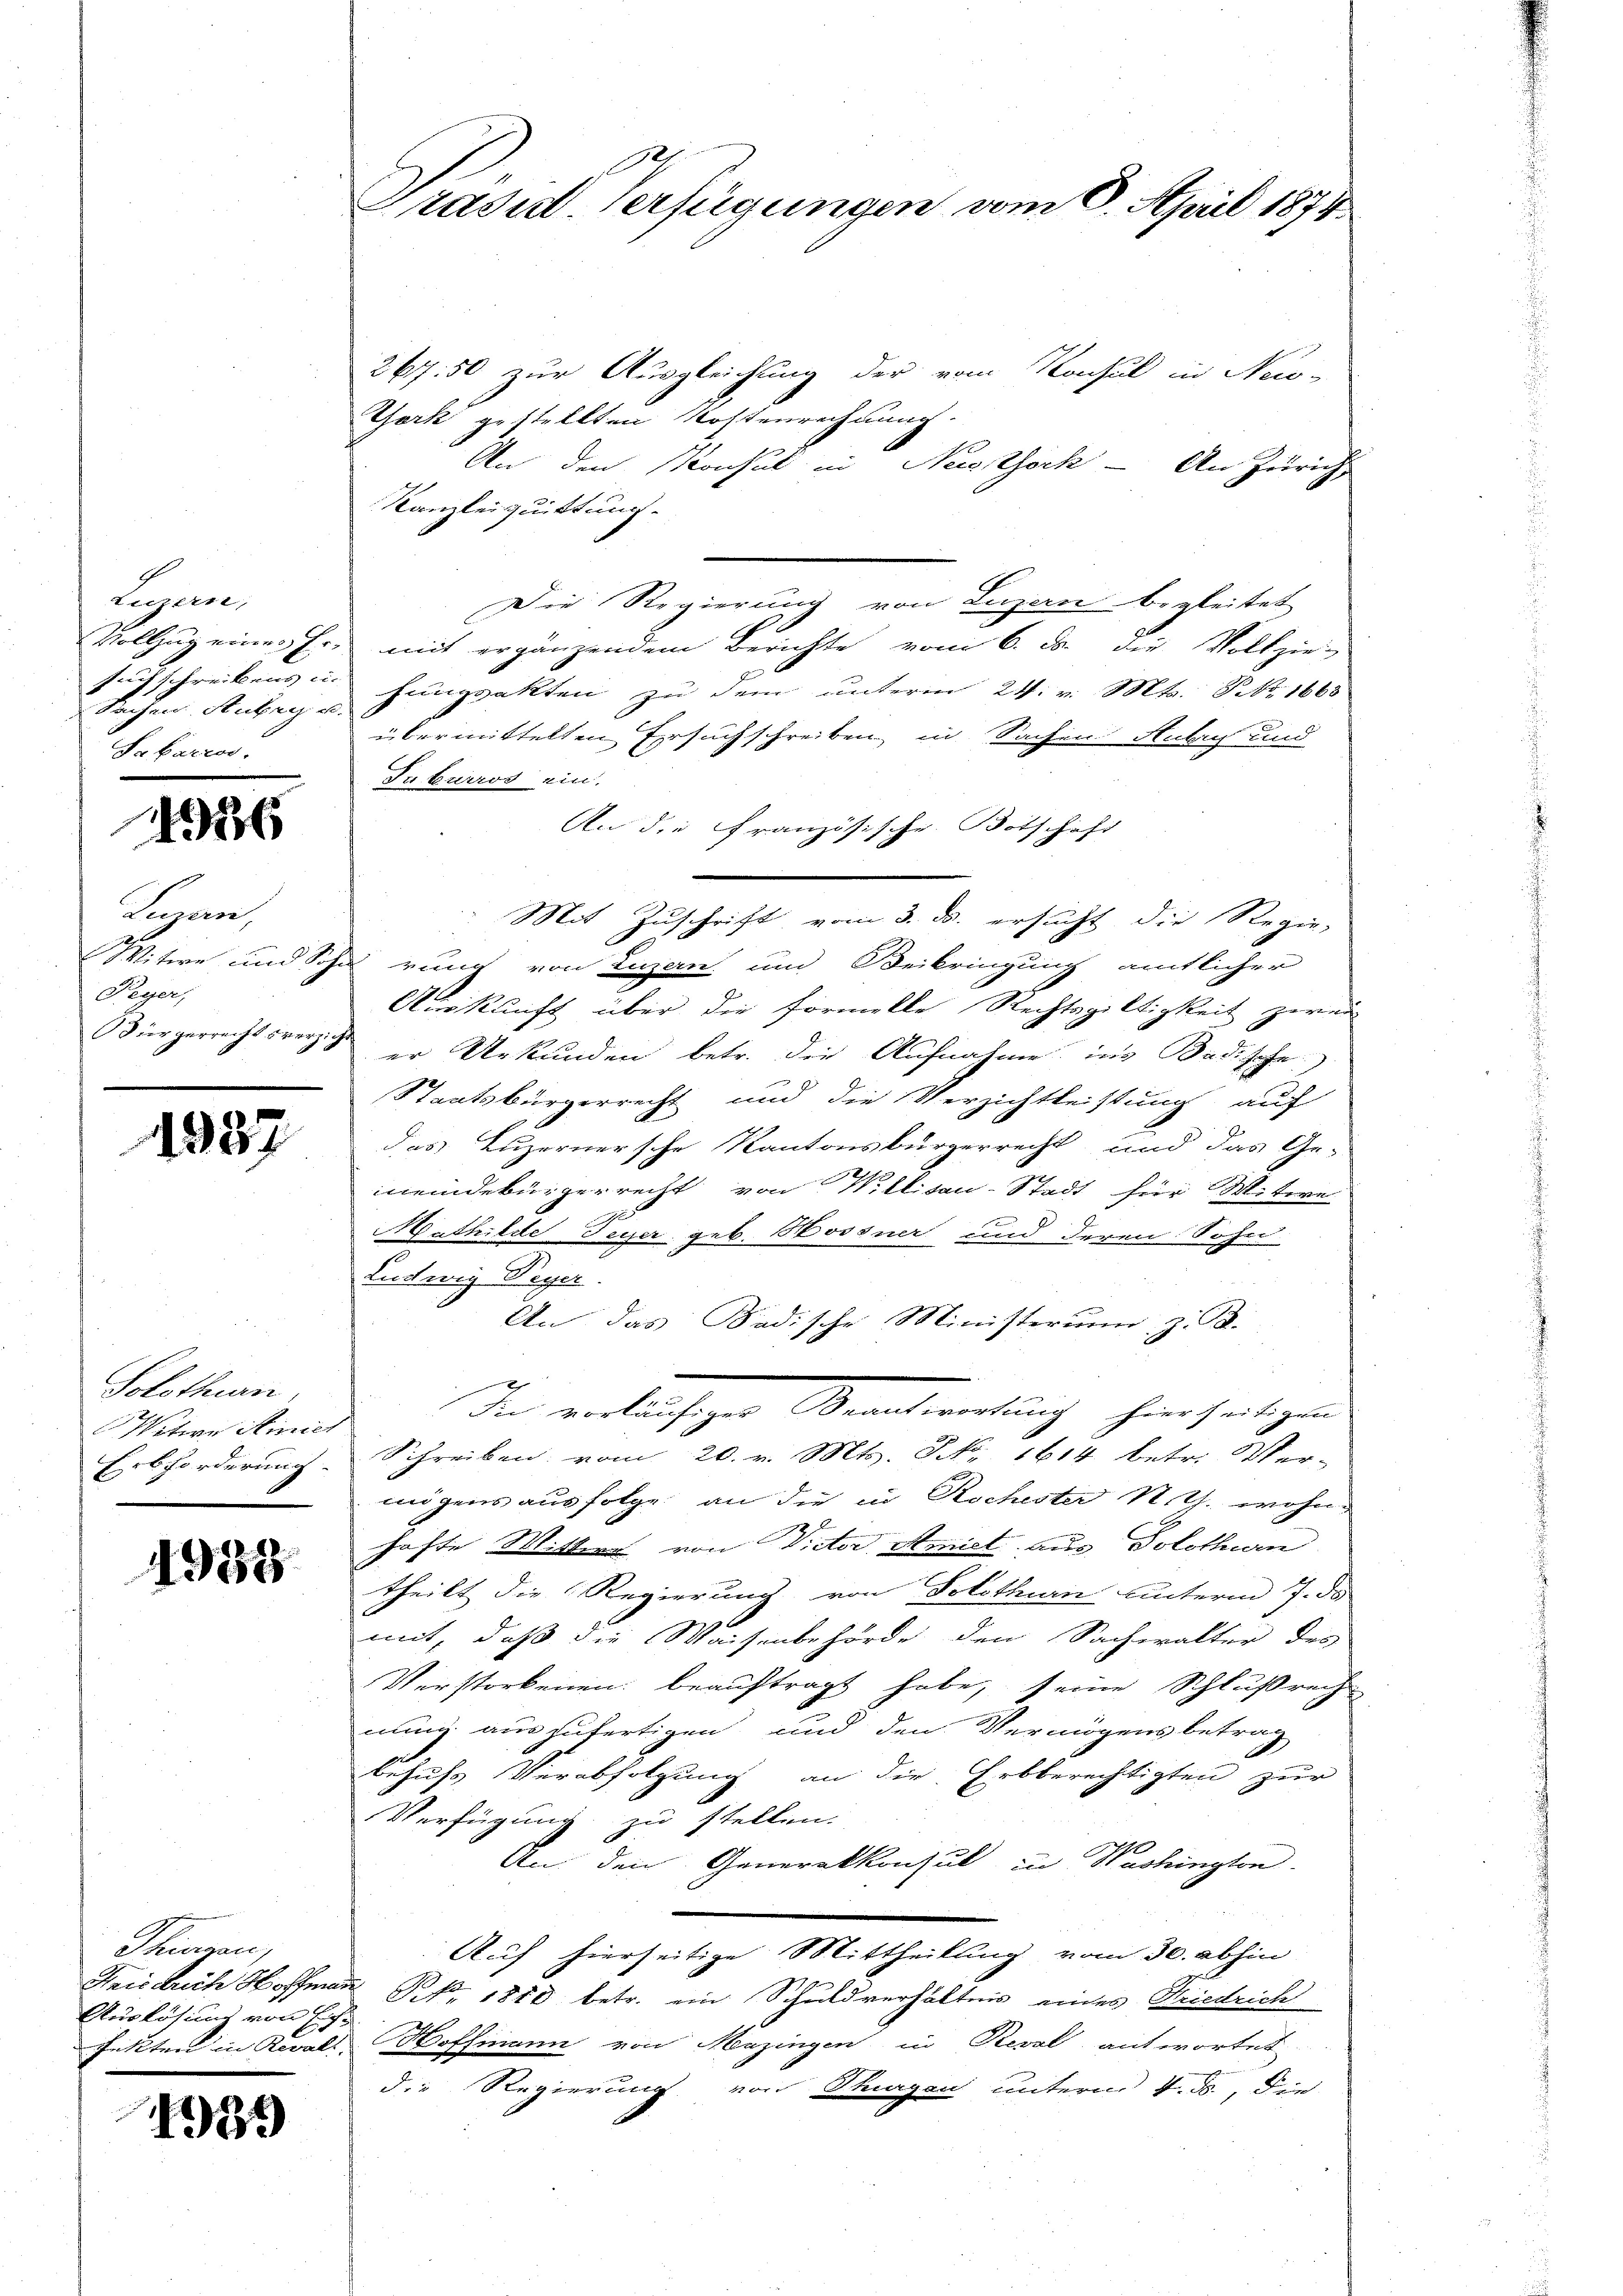
Luzern,
Sachen Aussage
Sabarros.

526

Lean,
Peyer,

1937

Solothurn,
Vetern Stinich

4955

Thüren,
Auslösung von Eich¬

1939

Prasut. Verfügungen vom 6. April 1874.

26750 zur Ausgleichung der vom Konsul in New-
York gestellten Kostenrechnung.
An den Konsul in Nestock — An Zürich,
Kanzleiquittung
Die Regierung von Luzan begleitet
Vollzug eines Er mit ergänzendem Berichte vom 6. ds. die Vollziesuchschreibens hungsakten zu dem unterm 24. v. Mts. Febr. 1668
übermittelten Ersuchschreiben in Sachen Antrag und
Tuburros ein.
An die Französische Botschaft
Mit Zuschrift vom 3. ds. ersucht die Regie-
Witwe und Sohn rung von Luzern und Beibringung amtlicher
Auskunft über die formelle Rechtsgültigkeit zwei
Bürgerrechtsverzer Urkunden betr. die Aufnahme ins Badische
Staatsbürgerrecht und die Verzichtleistung auf
das Luzernersche Kantonsbürgerrecht und das Ge-
meindebürgerrecht von Willisau-Stadt für Mitere
Mathilde Feyer geb. Hossner und deren Sohn
Ludwig Peyer.
An das Badische Ministerum, z. B.
i
In entlassen Beantwortung hierseitigen
Erbforderung Schreiben vom 20. v. Mts. S. 1614 betr. Ver-
mögens aus folge an die in Kochester N. Th. wohn
hafte Wittwas von Victor Amist aus Solothurn
theilt die Regierung von Solothurn unterm 7. ds
mit, daß die Waisenbehörde den Sachwalter des
Verstorbenen beauftragt habe, seine Schlußrech
nung auszufertigen und den Vermögensbetrag
behufs Verabfolgung an die Erbberechtigten zur
Verfügung zu stellen.
An den Generalkonsul in Washington
Auf hierseitige Mittheilung vom 30. abhin
Friedrich Hoffman Frk. 1810 betr. ein Schuldverhältnis eines Friedrich
fekten in Reals Hoffmann von Menzingen in Reval antwortet
die Regierung von Thurgau unterm 4. ds., die